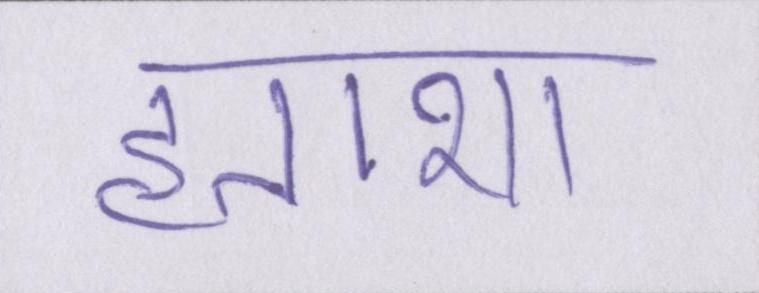
हताशा